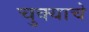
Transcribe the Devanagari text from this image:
चुक्याचे